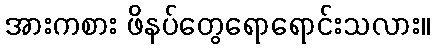
အားကစား ဖိနပ်တွေရောရောင်းသလား။